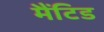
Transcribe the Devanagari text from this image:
मैंटिड